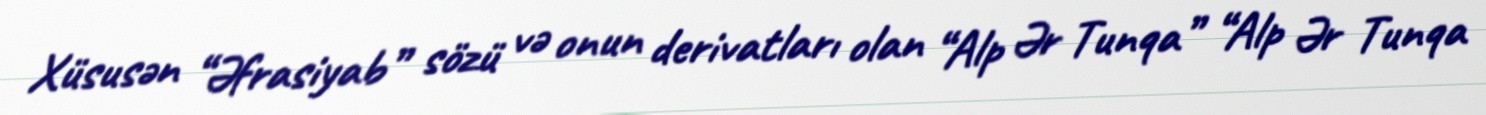
Xüsusən “Əfrasiyab” sözü və onun derivatları olan “Alp Ər Tunqa” “Alp Ər Tunqa